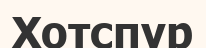
Хотспур